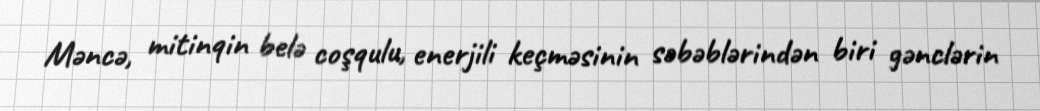
Məncə, mitinqin belə coşqulu, enerjili keçməsinin səbəblərindən biri gənclərin